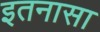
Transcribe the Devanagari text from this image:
इतनासा